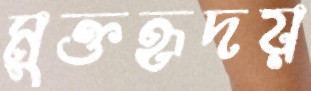
মুক্তহৃদয়